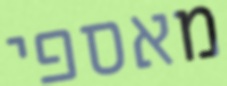
מאספי